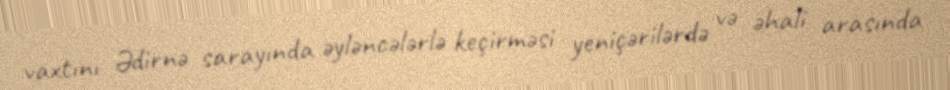
vaxtını Ədirnə sarayında əyləncələrlə keçirməsi yeniçərilərdə və əhali arasında